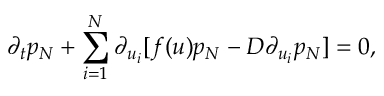
\partial _ { t } p _ { N } + \sum _ { i = 1 } ^ { N } \partial _ { u _ { i } } [ f ( u ) p _ { N } - D \partial _ { u _ { i } } p _ { N } ] = 0 ,